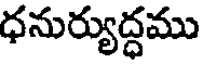
ధనుర్యుద్ధము